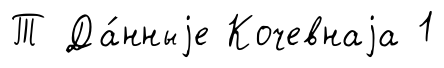
Т Да́нныjе Кочевнаjа 1